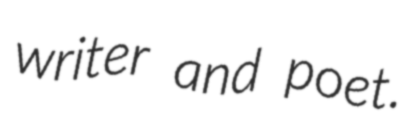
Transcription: writer and poet.